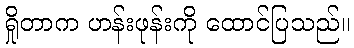
ရှိုတာက ဟန်းဖုန်းကို ထောင်ပြသည်။